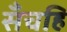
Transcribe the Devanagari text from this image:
सँचहि